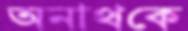
অনাথকে